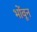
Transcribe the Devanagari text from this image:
भोंवून